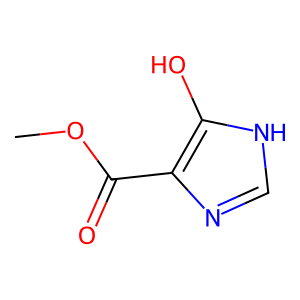
SMILES: COC(=O)c1nc[nH]c1O
Inhibits HIV replication: No